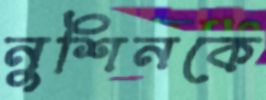
নুশিনকে